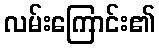
လမ်းကြောင်း၏